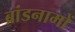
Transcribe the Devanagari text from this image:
ब्रांडनामों